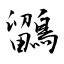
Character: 鶹